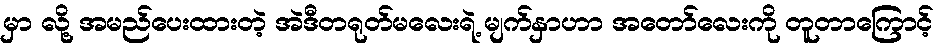
မှာ လို့ အမည်ပေးထားတဲ့ အဲဒီတရုတ်မလေးရဲ့ မျက်နှာဟာ အတော်လေးကို တူတာကြောင့်